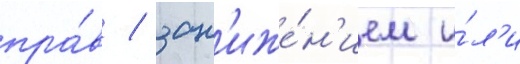
пра́в / зан'иже́н'ием и́л'и